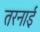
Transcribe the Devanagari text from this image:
तरनाई